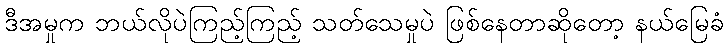
ဒီအမှုက ဘယ်လိုပဲကြည့်ကြည့် သတ်သေမှုပဲ ဖြစ်နေတာဆိုတော့ နယ်မြေခံ